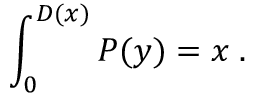
\int _ { 0 } ^ { D ( x ) } P ( y ) \d y = x \; .